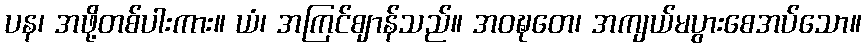
ပန၊ အဖို့တစ်ပါးကား။ ယံ၊ အကြင်ဈာန်သည်။ အဝဍ္ဎတေ၊ အကျယ်မပွားစေအပ်သော။